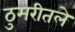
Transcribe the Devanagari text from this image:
ठुमरीतले